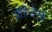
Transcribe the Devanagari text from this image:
प्रेसि़डेन्सी